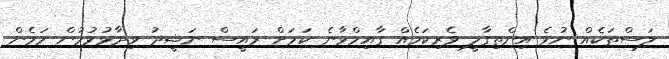
ލަސްތަކެއް ނުވެ އިންތިގާލީ ވެެރިކަމެއް ގާއިމްވާނެ ކަމަށް ރައީސް ނަޝީދު ވިދާޅުވުމުން މަމެން